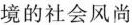
境的社会风尚